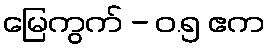
မြေကွက် - ၀.၅ ဧက